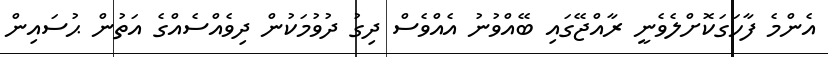
އެންމެ ފާހަގަކޮށްލެވެނީ ރާއްޖޭގައި ބޭއްވުނު އެއްވެސް ދިގު ދުވުމަކުން ދިވެއްސެއްގެ އަތުން ޙުސައިން